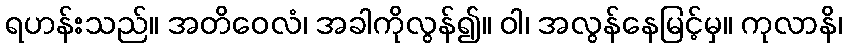
ရဟန်းသည်။ အတိဝေလံ၊ အခါကိုလွန်၍။ ဝါ၊ အလွန်နေမြင့်မှ။ ကုလာနိ၊